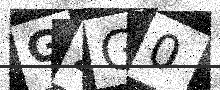
Text: GZG0